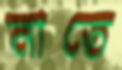
নাতে